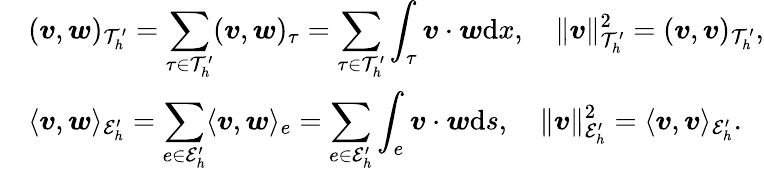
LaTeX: \begin{array}{rl}&{\displaystyle(\boldsymbol{v},\boldsymbol{w})_{\mathcal{T}_{h}^{\prime}}=\sum_{\tau\in\mathcal{T}_{h}^{\prime}}(\boldsymbol{v},\boldsymbol{w})_{\tau}=\sum_{\tau\in\mathcal{T}_{h}^{\prime}}\int_{\tau}\boldsymbol{v}\cdot\boldsymbol{w}\mathrm{d}x,\quad\| \boldsymbol{v}\| _{\mathcal{T}_{h}^{\prime}}^{2}=(\boldsymbol{v},\boldsymbol{v})_{\mathcal{T}_{h}^{\prime}},}\\ &{\displaystyle\langle\boldsymbol{v},\boldsymbol{w}\rangle_{\mathcal{E}_{h}^{\prime}}=\sum_{e\in\mathcal{E}_{h}^{\prime}}\langle\boldsymbol{v},\boldsymbol{w}\rangle_{e}=\sum_{e\in\mathcal{E}_{h}^{\prime}}\int_{e}\boldsymbol{v}\cdot\boldsymbol{w}\mathrm{d}s,\quad\| \boldsymbol{v}\| _{\mathcal{E}_{h}^{\prime}}^{2}=\langle\boldsymbol{v},\boldsymbol{v}\rangle_{\mathcal{E}_{h}^{\prime}}.}\end{array}